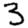
Digit: 3